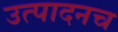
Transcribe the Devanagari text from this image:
उत्पादनच